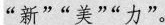
‘‘新’’‘‘美’’‘‘力’’。